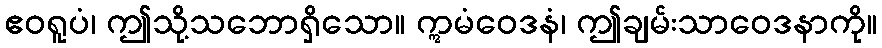
ဧဝရူပံ၊ ဤသို့သဘောရှိသော။ ဣမံဝေဒနံ၊ ဤချမ်းသာဝေဒနာကို။